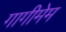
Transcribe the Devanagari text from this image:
गागीमेम